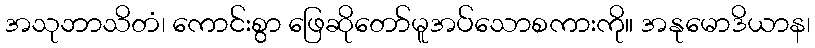
အသုဘာသိတံ၊ ကောင်းစွာ ဖြေဆိုတော်မူအပ်သောစကားကို။ အနုမောဒိယာန၊